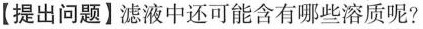
【提出问题】滤液中还可能含有哪些溶质呢?